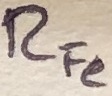
Text: RFe